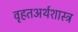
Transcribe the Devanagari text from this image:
वृहतअर्थशास्त्र